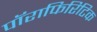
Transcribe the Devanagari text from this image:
पॉराफिरिटिक